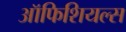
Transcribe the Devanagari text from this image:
ऑफिशियल्स